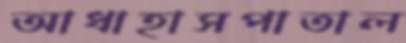
আধাহাসপাতাল